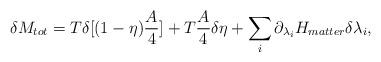
LaTeX: \begin{align*}\delta M_{tot}=T\delta [(1-\eta) {A\over 4}] + T{A\over 4}\delta \eta +\sum_i\partial_{\lambda_i}H_{matter}\delta\lambda_i,\end{align*}